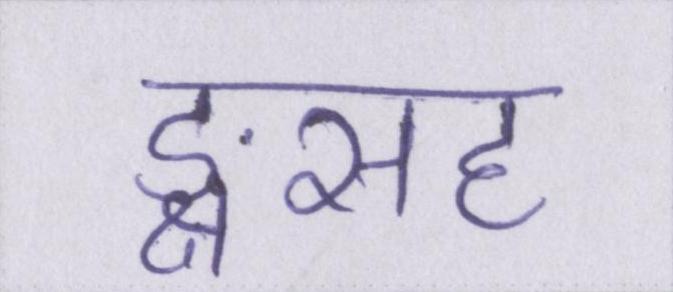
ङ्क्षसह